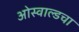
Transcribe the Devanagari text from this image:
ओस्वाल्डचा